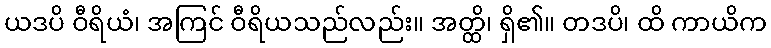
ယဒပိ ဝီရိယံ၊ အကြင် ဝီရိယသည်လည်း။ အတ္ထိ၊ ရှိ၏။ တဒပိ၊ ထိ ကာယိက